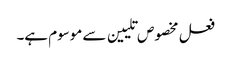
فعل مخصوص تلیین سے موسوم ہے۔